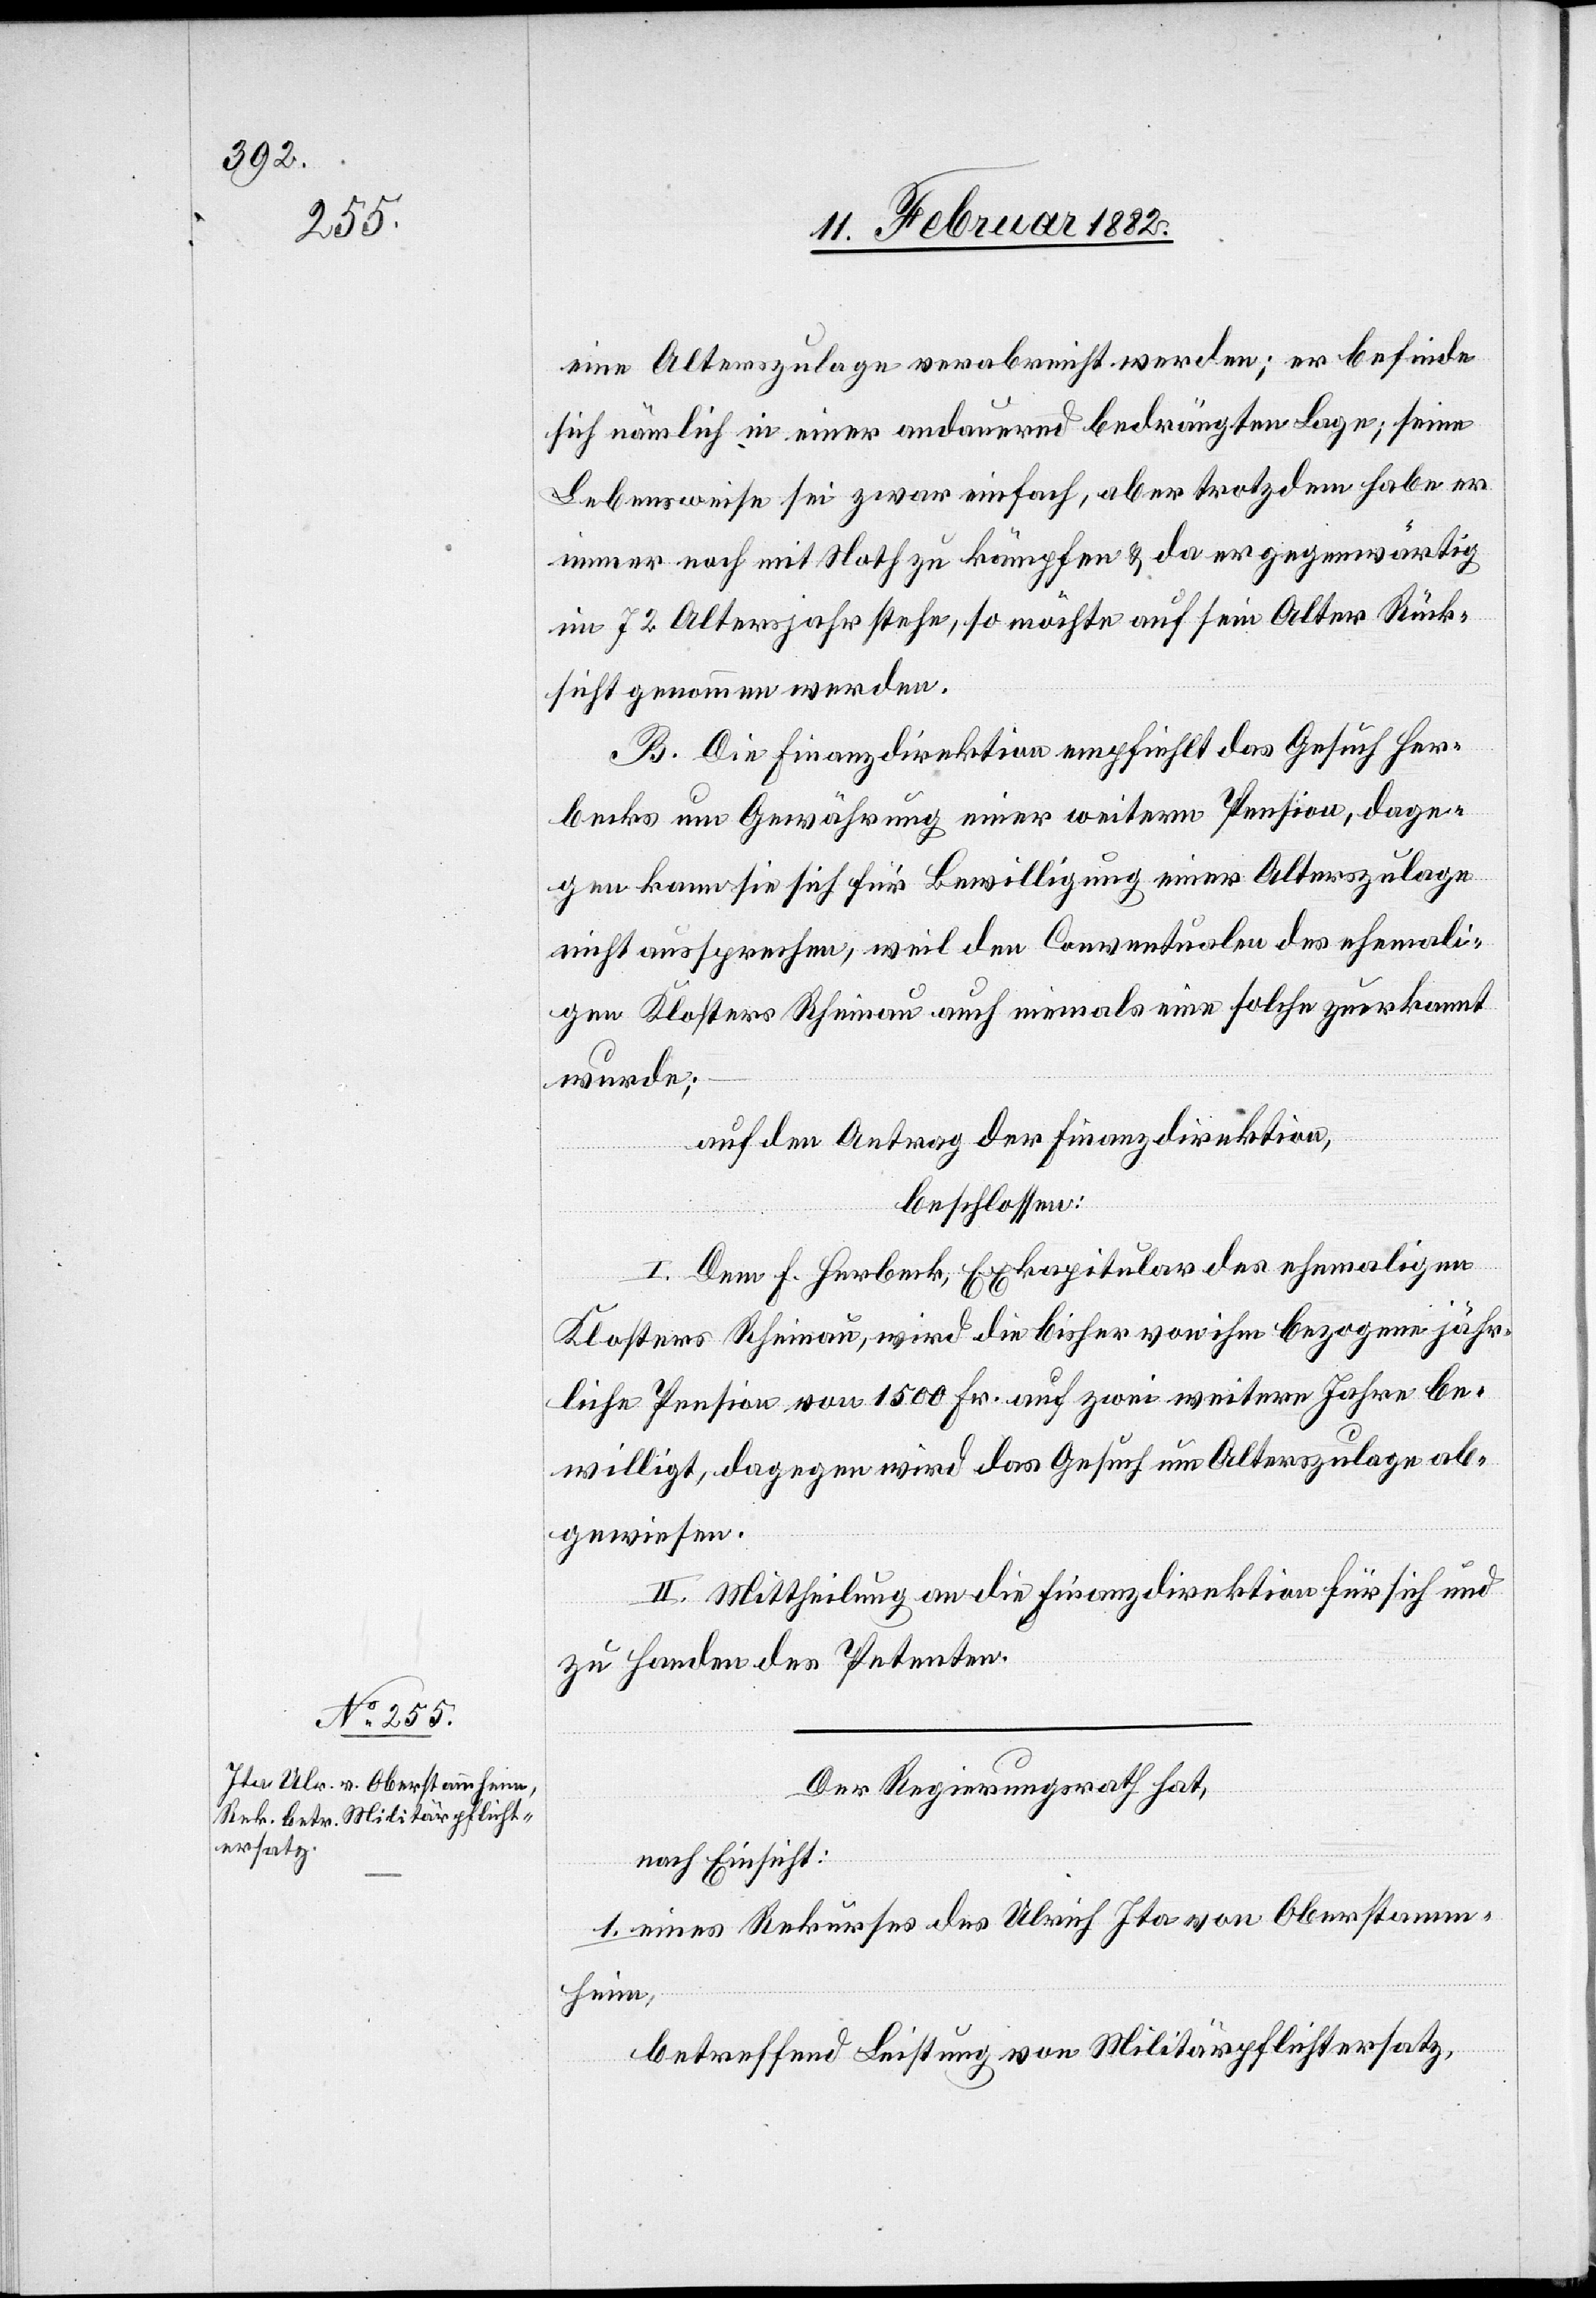
eine Alterszulage verabreicht werden; er befinde
sich nämlich in einer andauernd bedrängten Lage; seine
Lebensweise sei zwar einfach, aber trotzdem habe er
immer noch mit Noth zu kämpfen & da er gegenwärtig
im 72 Altersjahr stehe, so möchte auf sein Alter Rück¬
sicht genommen werden.
B. Die Finanzdirektion empfiehlt das Gesuch Her¬
becks um Gewährung einer weitern Pension, dage¬
gen kann sie sich für Bewilligung einer Alterszulage
nicht aussprechen, weil den Conventionalen des ehemali¬
gen Klosters Rheinau auch niemals eine solche zuerkannt
wurde;
auf den Antrag der Finanzdirektion,
beschlossen:
I. Dem F. Herbeck, Exkapitular des ehemaligen
Klosters Rheinau, wird die bisher von ihm bezogenen jähr¬
liche Pension von 1500 Fr. auf zwei weitere Jahre be¬
willigt, dagegen wird das Gesuch um Alterszulage ab¬
gewiesen.
II. Mittheilung an die Finanzdirektion für sich und
zu Handen des Petenten.
Der Regierungsrath hat,
nach Einsicht:
1. eines Rekurses des Ulrich Ita von Oberstamm¬
heim;
betreffend Leistung von Militärpflichtersatz,